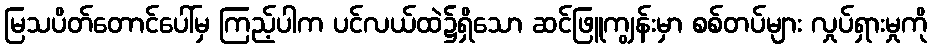
မြသပိတ်တောင်ပေါ်မှ ကြည့်ပါက ပင်လယ်ထဲ၌ရှိသော ဆင်ဖြူကျွန်းမှာ စစ်တပ်များ လှုပ်ရှားမှုကို